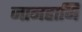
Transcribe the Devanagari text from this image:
जानहानि